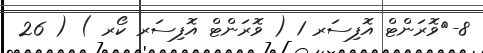
8-	ވޮރަންޓް އޮފިސަރ 1 ( ވޮރަންޓް އޮފިސަރ ކޯރ ) ( 26